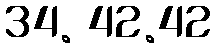
34. 42.42